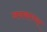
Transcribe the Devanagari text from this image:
जनकाच्या